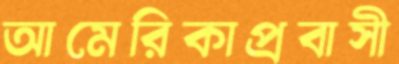
আমেরিকাপ্রবাসী